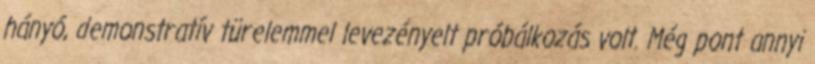
hányó, demonstratív türelemmel levezényelt próbálkozás volt. Még pont annyi